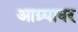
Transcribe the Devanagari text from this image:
आग्र्यावर